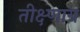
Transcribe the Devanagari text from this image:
तीक्ष्णाग्र